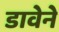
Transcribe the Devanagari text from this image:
डावेने